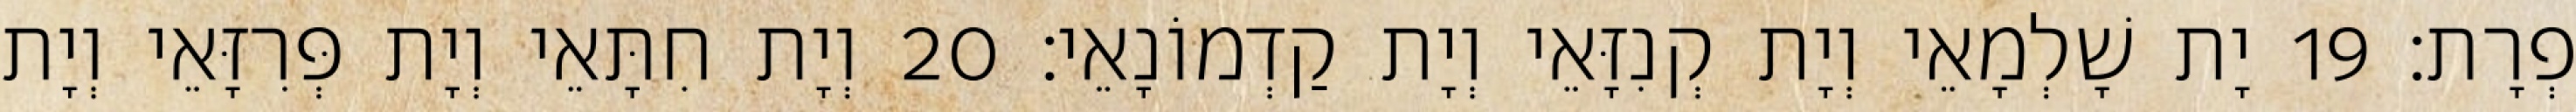
פְרָת׃ 19 יָת שָׁלְמָאֵי וְיָת קְנִזָּאֵי וְיָת קַדְמוֹנָאֵי׃ 20 וְיָת חִתָּאֵי וְיָת פְּרִזָּאֵי וְיָת